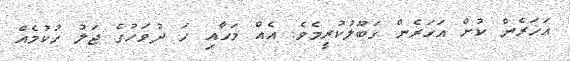
އަހަރެން ކުށް އަހަރެން ގަބޫލުކުރީމެވެ. އެއް މަހާއި ހަ ދުވަހުގެ ޖަލު ހުކުމެއް